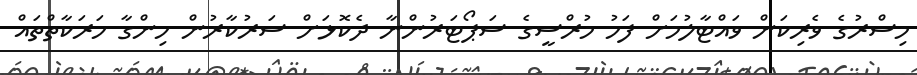
މިސްރުގެ ވެރިކަން ވައްޓާލުމަށް ފަހު މުރްސީގެ ސަޕޯޓަރުންނާ ދެކޮޅަށް ސަރުކާރުން ހިންގާ ހަރަކާތްތައް